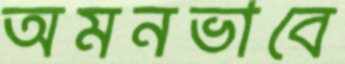
অমনভাবে